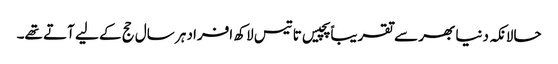
حالانکہ دنیا بھر سے تقریباً پچیس تا تیس لاکھ افراد ہر سال حج کے لیے آتے تھے۔